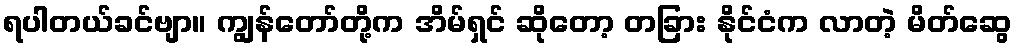
ရပါတယ်ခင်ဗျာ။ ကျွန်တော်တို့က အိမ်ရှင် ဆိုတော့ တခြား နိုင်ငံက လာတဲ့ မိတ်ဆွေ